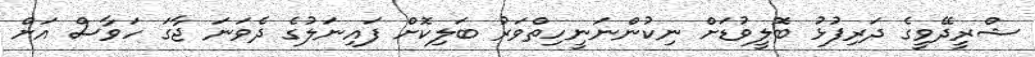
ޝްރީދޭވީގެ ދަރިފުޅު ބޮލީވުޑަށް ނިކުންނަނީހިތްވަރު ބަލިކޮށް ފައިނަލުގެ ދެވަނަ ޖާގަ ހަވާސް އަށް